Civil Veterinary Dept. Assam report 1927-50 - 1927-1950
Year: 1927
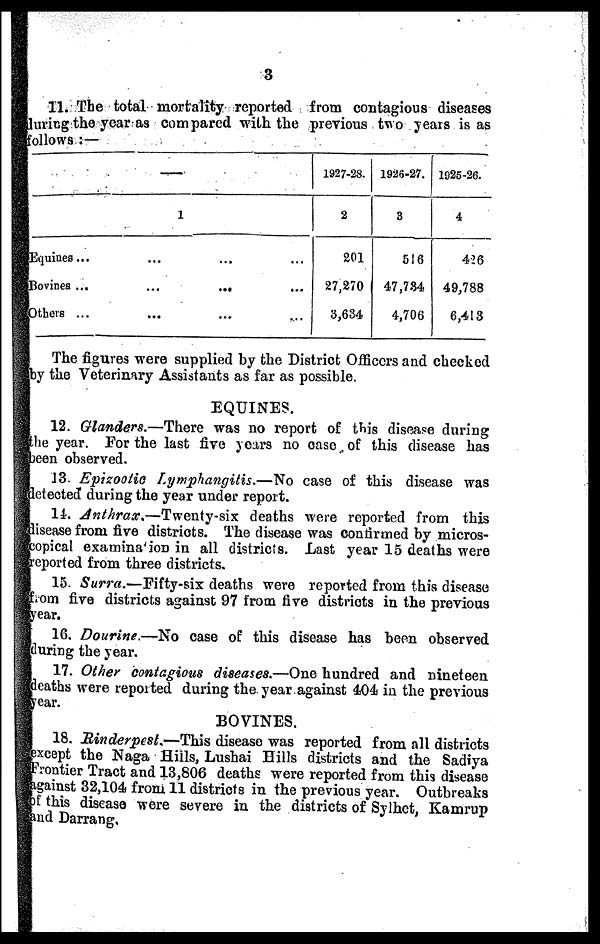
3
11. The total mortality reported from contagious diseases
during the year as compared with the previous two years is as
follows : —
—
1
Equines ... ... ...
Bovines ...
...
...
Others ... ... ...
1927-28.
2
201
27,270
3,634
1926-27.
3
516
47,734
4,706
1925-2G.
4
426
49,788
6,413
The figures were supplied by the District Officers and checked
by the Veterinary Assistants as far as possible.
EQUINE.
12. Glanders.—There was no report of this disease during
the year. For the last five years no case of this disease has
been observed.
13. Epizootic Lymphangitis.—No case of this disease was
detected during the year under report.
11. Anthrax.—Twenty-six
deaths were reported from this
disease from five districts. The disease was confirmed by micros-
copical examination in all districts. Last year 15 deaths were
reported from three districts.
15. Surra.—Fifty-six deaths were reported from this disease
from five districts against 97 from five districts in the previous
year.
16. Dourine.—No case of this disease has been observed
during the year.
17. Other contagious diseases.—One hundred and nineteen
deaths were reported during the year against 404 in the previous
year.
BOVINES.
18. Rinderpest.—This disease was reported from all districts
except the Naga Hills, Lushai Bills districts and the Sadiya
Frontier Tract and 13,806 deaths were reported from this disease
against 32,104 from 11 districts in the previous year. Outbreaks
of this disease were severe in the districts of Sylhet, Kamrup
and Darrang,